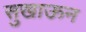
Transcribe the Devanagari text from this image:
सुखाऊन